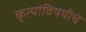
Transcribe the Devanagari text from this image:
कृत्यांविषयीचे